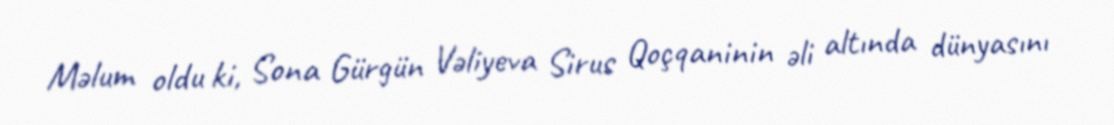
Məlum oldu ki, Sona Gürgün Vəliyeva Sirus Qoçqaninin əli altında dünyasını